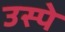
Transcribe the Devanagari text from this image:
उस्पे